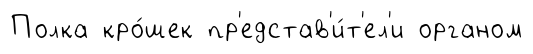
Полка кро́шек пр'едстав'и́т'ел'и органом